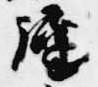
継